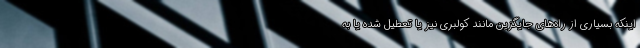
اینکه بسیاری از راه‌های جایگزین مانند کولبری نیز یا تعطیل شده یا به